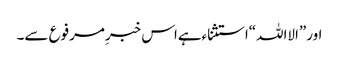
اور”الااللہ“استثناءہےاس خبرِمرفوع سے۔